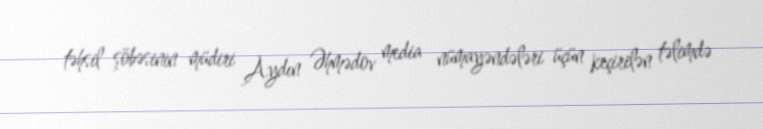
təhsil şöbəsinin müdiri Aydın Əhmədov media nümayəndələri üçün keçirilən təlimdə